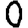
Digit: 0